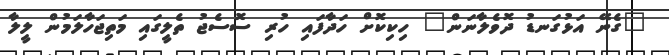
"ގެނޭ އަޅުގަނޑު ދޮވެލާނަން" ހިކިކޮށް ހަދާފައި ހުރި ސޮސެޖު ތެލީގައި މަތިޖަހާލަމުން ލީލާ